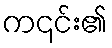
က၎င်း၏